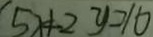
5 x + 2 y = 1 6